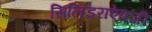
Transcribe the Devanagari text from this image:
सिलिंडराऐवजी